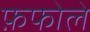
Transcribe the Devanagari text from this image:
फ़फोले